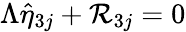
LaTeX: \Lambda\hat{\eta}_{3j}+\mathcal{R}_{3j}=0